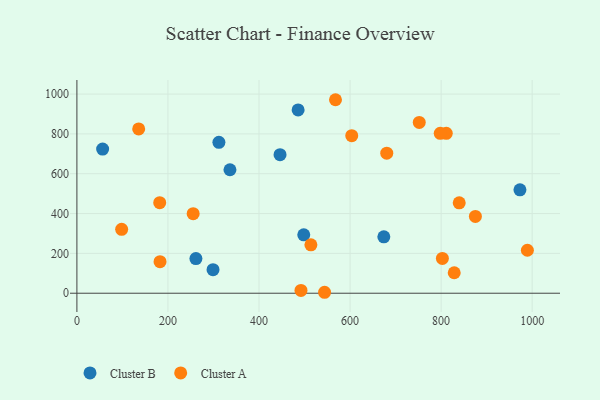
{"axis": {"x": "Price", "y": "Sales"}, "legend": ["Cluster A", "Cluster B"], "data": [{"x": "674.2", "y": 283.3, "type": "Cluster B"}, {"x": "485.9", "y": 920.1, "type": "Cluster B"}, {"x": "311.9", "y": 757.5, "type": "Cluster B"}, {"x": "56.5", "y": 723.6, "type": "Cluster B"}, {"x": "261.4", "y": 173.9, "type": "Cluster B"}, {"x": "336.2", "y": 619.9, "type": "Cluster B"}, {"x": "299.0", "y": 118.5, "type": "Cluster B"}, {"x": "446.2", "y": 695.5, "type": "Cluster B"}, {"x": "973.2", "y": 519.1, "type": "Cluster B"}, {"x": "498.3", "y": 293.0, "type": "Cluster B"}, {"x": "514.0", "y": 243.0, "type": "Cluster A"}, {"x": "568.0", "y": 971.5, "type": "Cluster A"}, {"x": "492.2", "y": 14.3, "type": "Cluster A"}, {"x": "875.3", "y": 385.8, "type": "Cluster A"}, {"x": "544.0", "y": 4.8, "type": "Cluster A"}, {"x": "603.7", "y": 790.8, "type": "Cluster A"}, {"x": "989.5", "y": 215.9, "type": "Cluster A"}, {"x": "828.8", "y": 102.8, "type": "Cluster A"}, {"x": "255.4", "y": 399.2, "type": "Cluster A"}, {"x": "811.3", "y": 802.7, "type": "Cluster A"}, {"x": "752.0", "y": 857.7, "type": "Cluster A"}, {"x": "182.6", "y": 158.4, "type": "Cluster A"}, {"x": "798.1", "y": 802.9, "type": "Cluster A"}, {"x": "802.8", "y": 174.8, "type": "Cluster A"}, {"x": "680.6", "y": 703.0, "type": "Cluster A"}, {"x": "135.7", "y": 824.9, "type": "Cluster A"}, {"x": "839.8", "y": 453.8, "type": "Cluster A"}, {"x": "181.9", "y": 454.4, "type": "Cluster A"}, {"x": "98.3", "y": 320.8, "type": "Cluster A"}]}